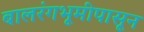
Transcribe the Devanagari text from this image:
बालरंगभूमीपासून